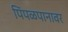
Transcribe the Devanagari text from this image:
पिंपळपानावर